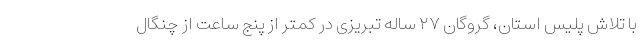
با تلاش پلیس استان، گروگان ۲۷ ساله تبریزی در کمتر از پنج ساعت از چنگال